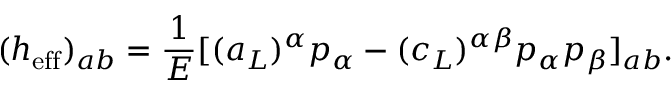
( h _ { \mathrm { e f f } } ) _ { a b } = { \frac { 1 } { E } } [ ( a _ { L } ) ^ { \alpha } p _ { \alpha } - ( c _ { L } ) ^ { \alpha \beta } p _ { \alpha } p _ { \beta } ] _ { a b } .